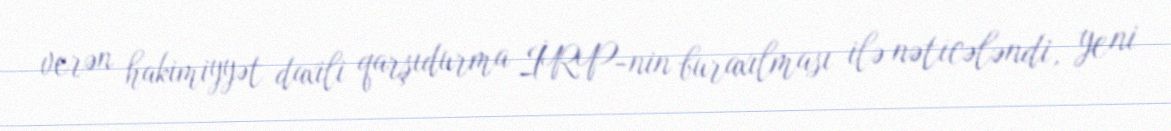
verən hakimiyyət daxili qarşıdurma İRP-nin buraxılması ilə nəticələndi, yeni